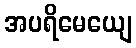
အပရိမေယျေ